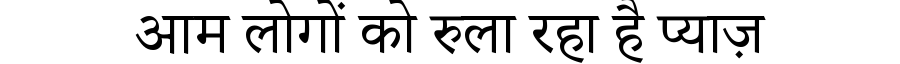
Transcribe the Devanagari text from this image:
आम लोगों को रुला रहा है प्याज़